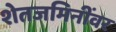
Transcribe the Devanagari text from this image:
शेतजमिनींवर